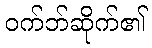
ဝက်ဘ်ဆိုက်၏